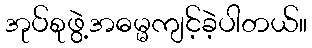
အုပ်စုဖွဲ့အဓမ္မကျင့်ခဲ့ပါတယ်။